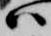
ハ